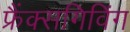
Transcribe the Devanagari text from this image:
फ्रैंक्सगिविंग